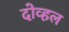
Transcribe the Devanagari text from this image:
दोव्हल